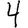
Digit: 4